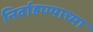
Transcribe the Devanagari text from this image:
निर्वाहण्याच्या